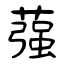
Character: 蔃